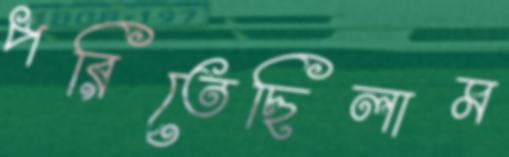
পরিতেছিলাম